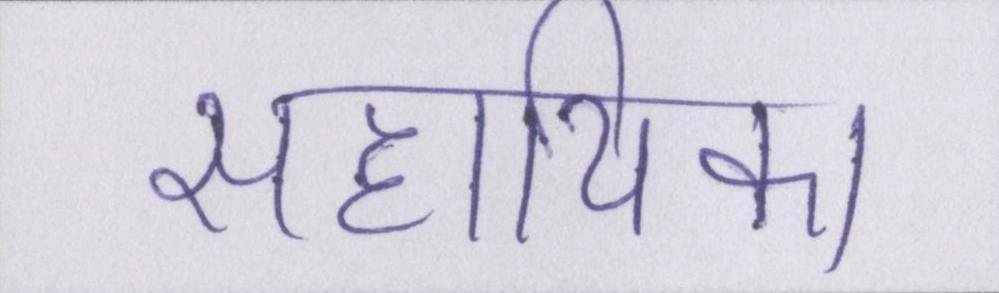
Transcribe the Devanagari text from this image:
सहायिका